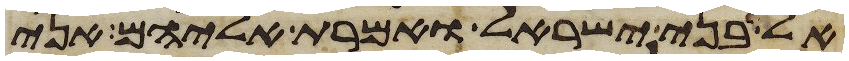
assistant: אל בני ישראל ואמרת אליהם אני